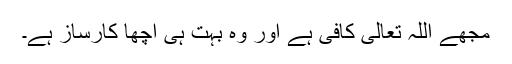
مجھے اللہ تعالیٰ کافی ہے اور وہ بہت ہی اچھا کارساز ہے۔